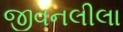
જીવનલીલા